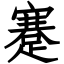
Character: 蹇